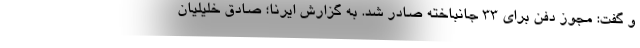
و گفت: مجوز دفن برای ۳۳ جانباخته صادر شد. به گزارش ایرنا؛ صادق خلیلیان